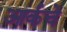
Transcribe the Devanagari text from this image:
आर्कचे